Vaccination in Burma 1900-1911 - 1900-1911
Year: 1900
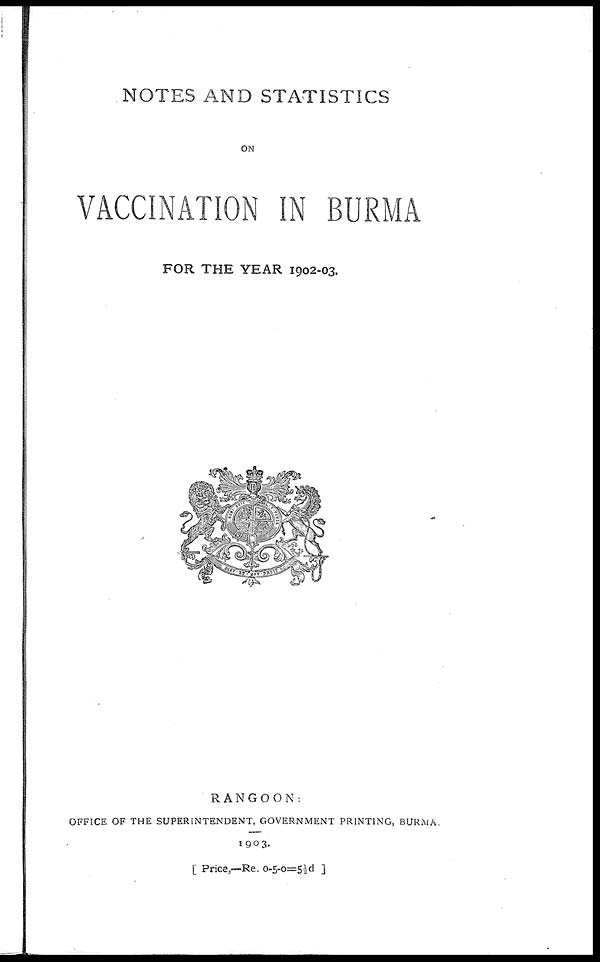
NOTES AND STATISTICS
ON
VACCINATION IN BURMA
FOR THE YEAR 1902-03.
RANGOON:
OFFICE OF THE SUPERINTENDENT, GOVERNMENT PRINTING, BURMA.
1903.
[ Price,—Re. 0-5-0=5½d ]